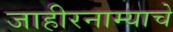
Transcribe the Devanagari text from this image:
जाहीरनाम्याचे